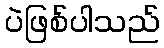
ပဲဖြစ်ပါသည်